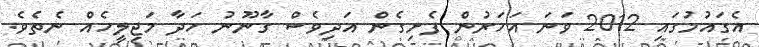
އެގައުމުގައި 2012 ވަނަ އަހަރުން ފެށިގެން އަދިވެސް ގާނޫނު ހަދާ މަޖިލީހެއް ނެތެވެ.